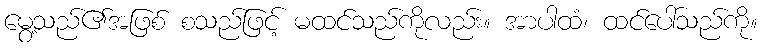
မွေ့သည်၏အဖြစ် စသည်ဖြင့် မထင်သည်ကိုလည်း။ အာပါထံ၊ ထင်ပေါ်သည်ကို။